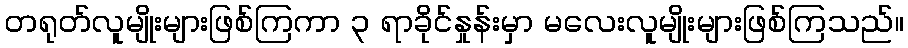
တရုတ်လူမျိုးများဖြစ်ကြကာ ၃ ရာခိုင်နှုန်းမှာ မလေးလူမျိုးများဖြစ်ကြသည်။